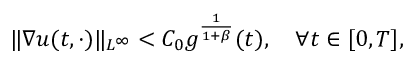
\| \nabla u ( t , \cdot ) \| _ { L ^ { \infty } } < C _ { 0 } g ^ { \frac { 1 } { 1 + \beta } } ( t ) , \quad \forall t \in [ 0 , T ] ,